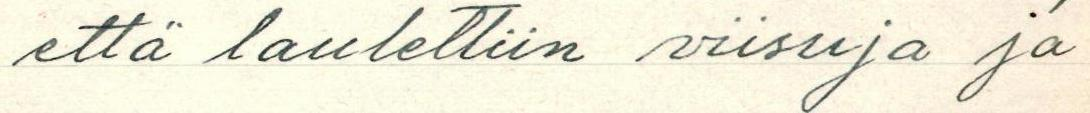
että laulettiin viisuja ja